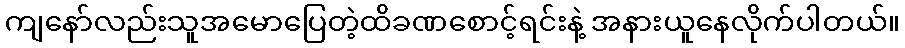
ကျနော်လည်းသူအမောပြေတဲ့ထိခဏစောင့်ရင်းနဲ့ အနားယူနေလိုက်ပါတယ်။